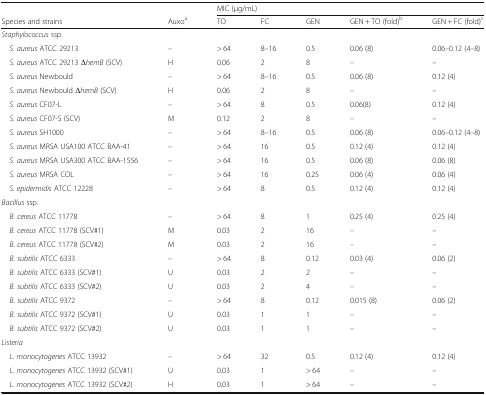
<table><thead><tr><td></td><td></td><td colspan="5"><b>MIC (μg/mL)</b></td></tr><tr><td><b>Species and strains</b></td><td><b>Auxo<sup>a</sup></b></td><td><b>TO</b></td><td><b>FC</b></td><td><b>GEN</b></td><td><b>GEN + TO (fold)<sup>b</sup></b></td><td><b>GEN + FC (fold)<sup>c</sup></b></td></tr></thead><tbody><tr><td colspan="7"><i>Staphylococcus</i> ssp.</td></tr><tr><td> <i>S. aureus</i> ATCC 29213</td><td>–</td><td>&gt; 64</td><td>8–16</td><td>0.5</td><td>0.06 (8)</td><td>0.06–0.12 (4–8)</td></tr><tr><td> <i>S. aureus</i> ATCC 29213 Δ<i>hemB</i> (SCV)</td><td>H</td><td>0.06</td><td>2</td><td>8</td><td>–</td><td>–</td></tr><tr><td> <i>S. aureus</i> Newbould</td><td>–</td><td>&gt; 64</td><td>8–16</td><td>0.5</td><td>0.06 (8)</td><td>0.12 (4)</td></tr><tr><td> <i>S. aureus</i> Newbould Δ<i>hemB</i> (SCV)</td><td>H</td><td>0.06</td><td>2</td><td>8</td><td>–</td><td>–</td></tr><tr><td> <i>S. aureus</i> CF07-L</td><td>–</td><td>&gt; 64</td><td>8</td><td>0.5</td><td>0.06(8)</td><td>0.12 (4)</td></tr><tr><td> <i>S. aureus</i> CF07-S (SCV)</td><td>M</td><td>0.12</td><td>2</td><td>8</td><td>–</td><td>–</td></tr><tr><td> <i>S. aureus</i> SH1000</td><td>–</td><td>&gt; 64</td><td>8–16</td><td>0.5</td><td>0.06 (8)</td><td>0.06–0.12 (4–8)</td></tr><tr><td> <i>S. aureus</i> MRSA USA100 ATCC BAA-41</td><td>–</td><td>&gt; 64</td><td>16</td><td>0.5</td><td>0.12 (4)</td><td>0.12 (4)</td></tr><tr><td> <i>S. aureus</i> MRSA USA300 ATCC BAA-1556</td><td>–</td><td>&gt; 64</td><td>16</td><td>0.5</td><td>0.06 (8)</td><td>0.06 (8)</td></tr><tr><td> <i>S. aureus</i> MRSA COL</td><td>–</td><td>&gt; 64</td><td>16</td><td>0.25</td><td>0.06 (4)</td><td>0.06 (4)</td></tr><tr><td> <i>S. epidermidis</i> ATCC 12228</td><td>–</td><td>&gt; 64</td><td>8</td><td>0.5</td><td>0.12 (4)</td><td>0.12 (4)</td></tr><tr><td colspan="7"><i>Bacillus</i> ssp.</td></tr><tr><td> <i>B. cereus</i> ATCC 11778</td><td>–</td><td>&gt; 64</td><td>8</td><td>1</td><td>0.25 (4)</td><td>0.25 (4)</td></tr><tr><td> <i>B. cereus</i> ATCC 11778 (SCV#1)</td><td>M</td><td>0.03</td><td>2</td><td>16</td><td>–</td><td>–</td></tr><tr><td> <i>B. cereus</i> ATCC 11778 (SCV#2)</td><td>M</td><td>0.03</td><td>2</td><td>16</td><td>–</td><td>–</td></tr><tr><td> <i>B. subtilis</i> ATCC 6333</td><td>–</td><td>&gt; 64</td><td>8</td><td>0.12</td><td>0.03 (4)</td><td>0.06 (2)</td></tr><tr><td> <i>B. subtilis</i> ATCC 6333 (SCV#1)</td><td>U</td><td>0.03</td><td>2</td><td>2</td><td>–</td><td>–</td></tr><tr><td> <i>B. subtilis</i> ATCC 6333 (SCV#2)</td><td>U</td><td>0.03</td><td>2</td><td>4</td><td>–</td><td>–</td></tr><tr><td> <i>B. subtilis</i> ATCC 9372</td><td>–</td><td>&gt; 64</td><td>8</td><td>0.12</td><td>0.015 (8)</td><td>0.06 (2)</td></tr><tr><td> <i>B. subtilis</i> ATCC 9372 (SCV#1)</td><td>U</td><td>0.03</td><td>1</td><td>1</td><td>–</td><td>–</td></tr><tr><td> <i>B. subtilis</i> ATCC 9372 (SCV#2)</td><td>U</td><td>0.03</td><td>1</td><td>1</td><td>–</td><td>–</td></tr><tr><td colspan="7"><i>Listeria</i></td></tr><tr><td> <i>L. monocytogenes</i> ATCC 13932</td><td>–</td><td>&gt; 64</td><td>32</td><td>0.5</td><td>0.12 (4)</td><td>0.12 (4)</td></tr><tr><td> <i>L. monocytogenes</i> ATCC 13932 (SCV#1)</td><td>U</td><td>0.03</td><td>1</td><td>&gt; 64</td><td>–</td><td>–</td></tr><tr><td> <i>L. monocytogenes</i> ATCC 13932 (SCV#2)</td><td>H</td><td>0.03</td><td>1</td><td>&gt; 64</td><td>–</td><td>–</td></tr></tbody></table>